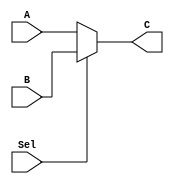
`timescale 1ns / 1ps
//////////////////////////////////////////////////////////////////////////////////
// Company: 
// Engineer: 
// 
// Design Name: 
// Module Name: mux_16_2
// Project Name: 
// Target Devices: 
// Tool Versions: 
// Description: 
// 
// Dependencies: 
// 
// Revision:
// Revision 0.01 - File Created
// Additional Comments:
// 
//////////////////////////////////////////////////////////////////////////////////


module mux_16_2(
    A, B, C, Sel
    );
    
    input [15:0] A, B;
    input Sel;
    
    output [15:0] C;
    
    assign C = Sel ? B : A;
    
endmodule